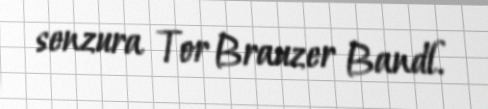
senzura Tor Brauzer Bandl.